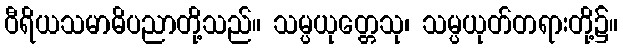
ဝီရိယသမာဓိပညာတို့သည်။ သမ္ပယုတ္တေသု၊ သမ္ပယုတ်တရားတို့၌။